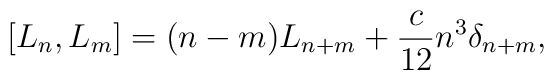
[L_n,L_m] = (n-m) L_{n+m} + {c \over 12} n^3 \delta_{n+m},